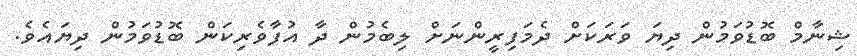
ޝިނާމް ބޮޑުވަމުން ދިޔަ ވަރަކަށް ދެމަފިރީންނަށް ލިބެމުން ދާ އުފާވެރިކަން ބޮޑުވަމުން ދިޔައެވެ.